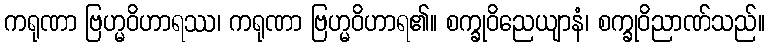
ကရုဏာ ဗြဟ္မဝိဟာရဿ၊ ကရုဏာ ဗြဟ္မဝိဟာရ၏။ စက္ခုဝိညေယျာနံ၊ စက္ခုဝိညာဏ်သည်။